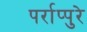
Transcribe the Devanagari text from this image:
पर्राप्पुरे